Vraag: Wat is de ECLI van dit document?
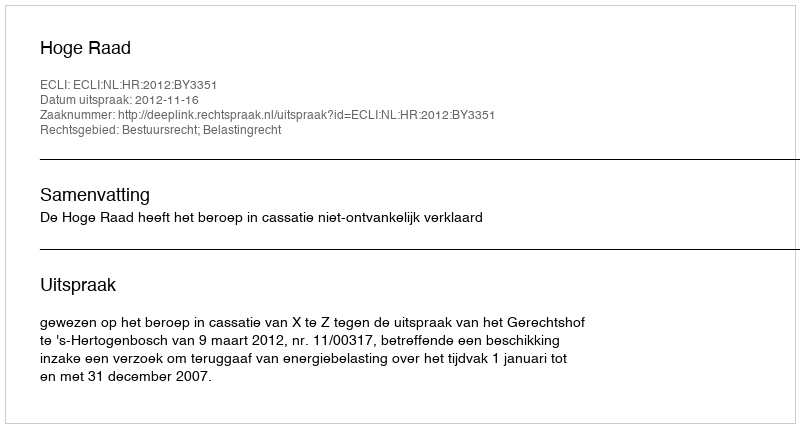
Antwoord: ECLI:NL:HR:2012:BY3351